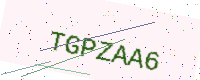
Text: TGPZAA6